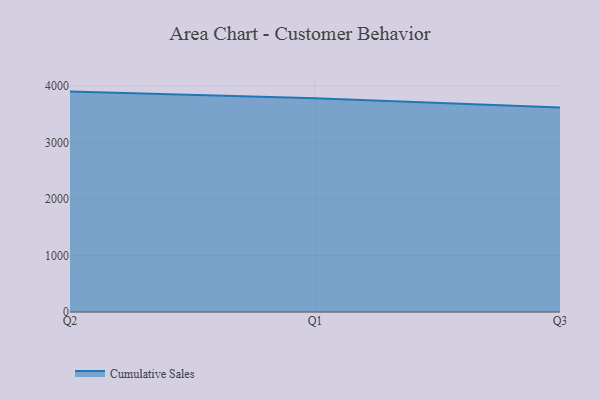
{"axis": {"x": "Quarter", "y": "Inventory Turnover"}, "legend": ["Cumulative Sales"], "data": [{"x": "Q2", "y": 3897.6, "type": "Cumulative Sales"}, {"x": "Q1", "y": 3778.9, "type": "Cumulative Sales"}, {"x": "Q3", "y": 3616.8, "type": "Cumulative Sales"}]}